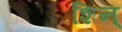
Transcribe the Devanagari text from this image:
शिन्‌